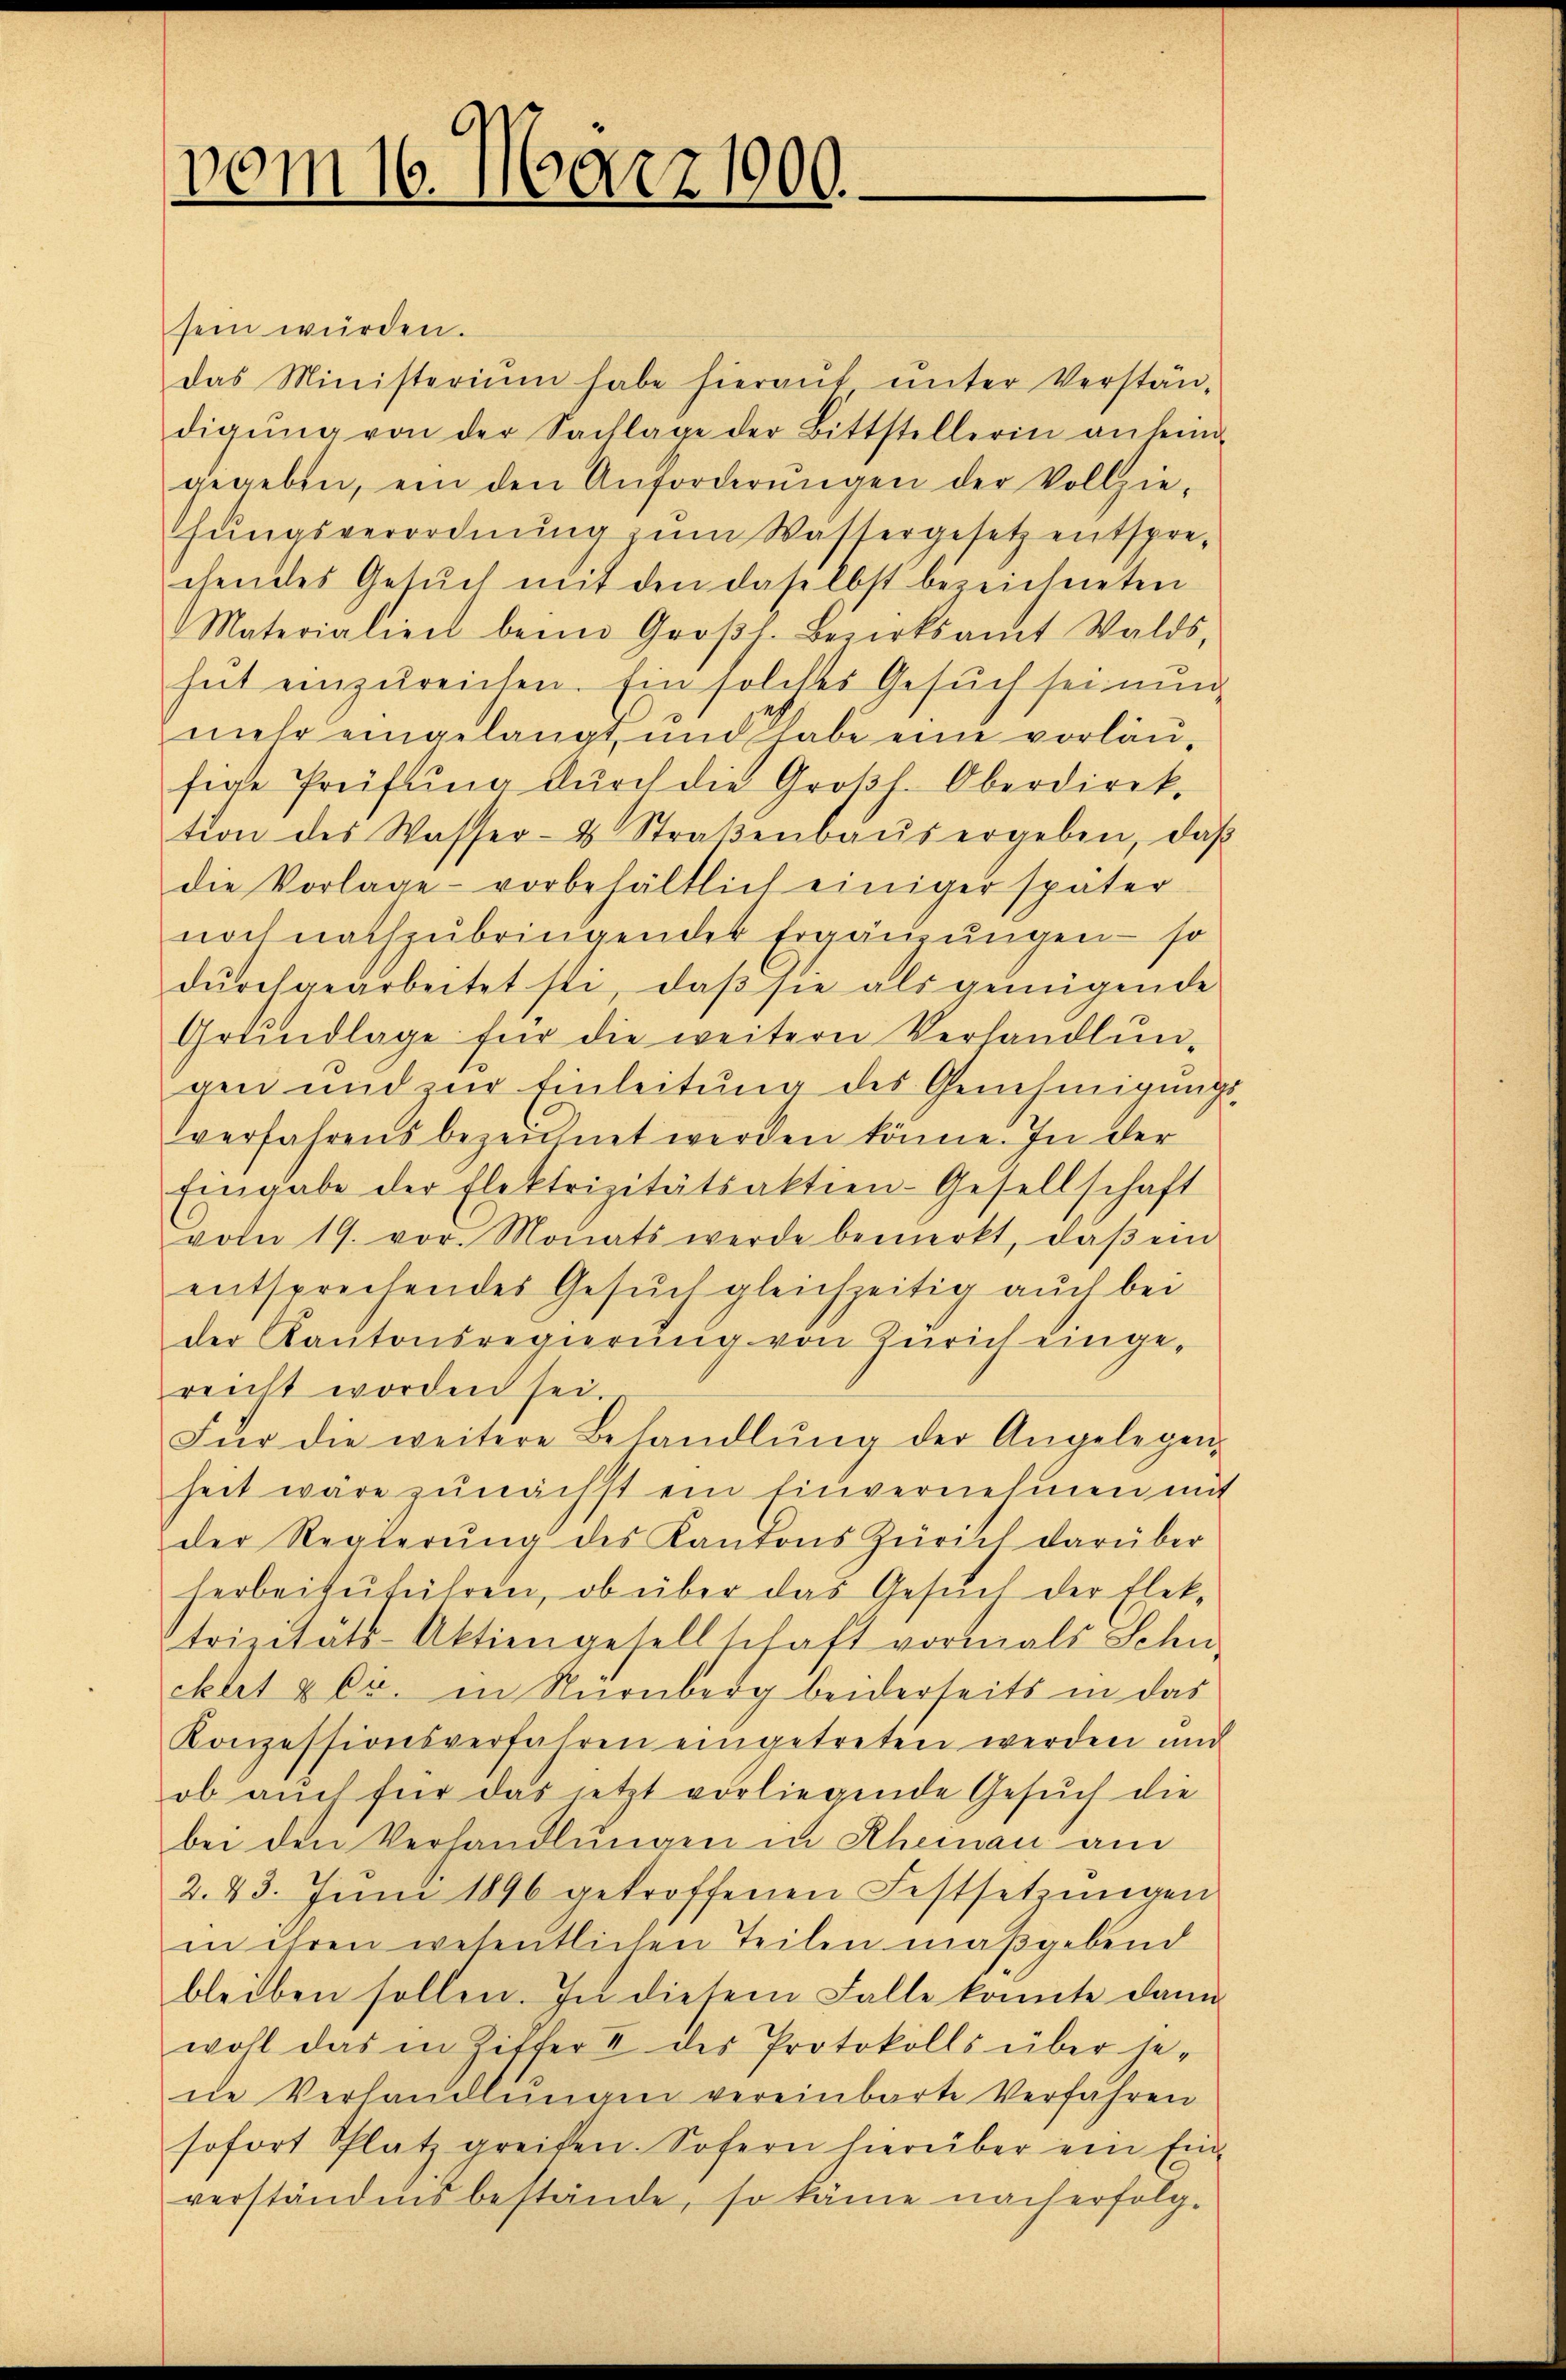
vom 16. März 1900.

sein würden.
das Ministerium habe hieraŭf ŭnter Verstän-
digŭng von der Sachlage der Bittstellerin anlein-
gegeben, ein den Anforderŭngen der Vollzie-
fungsverordnung zum Wassergesetz entsprechendes Gesŭch mit den daselbst bezeichneten
Materialien beim Groβj. Bezirksamt Walds-
hat einzureichen. Ein solches Gesuch sei nun
mehr eingelangt, und habe eine vorläufige Prüfung durch die Großh. Oberdirektion des Wasser- & Straβenbaŭs ergeben, daβ
die Vorlage vorbehältlich einiger später
noch nachzubringender Ergänzungen – so
dŭrchgearbeitet sti, daβ sie als genügende
Grundlage für die weitern Verhandlun-
gen und zŭr Einleitung des Genehmigungsverfahrens bezeichnet werden könne. In der
Eingabe der Elektrizitätsaktien-Gesellschaft
voln 19. vor. Monats werde bemerkt, daβ ein
entsprechendes Gesuch gleichzeitig auch bei
der Kantonsregierŭng von Zürich einge-
reicht worden sei.
Für die weitere Behandlŭng der Angelegen
heit wäre zŭnächst ein Einvernehmen mit
der Regierŭng des Kantons Zürich darüber
herbeizuführen, ob über das Gesuch der Elek-
Strizitäts-Aktiengesellschaft vormals Schu
ckeit & Er. in Nürnberg beiderseits in das
Konzessionsverfahren eingetreten werden und
ob auch für das jetzt vorliegende Gesŭch die
bei den Verhandlungen in Rheinau am
2. 43. Jŭni 1896 getroffenen Festsetzŭngen
in ihren wesentlichen Teilen maßgebend
bleiben sollen. In diesem Falle konnte dann
wohl das in Ziffer II des Protokolls über je-
ne Verhandlŭngen vereinbarte Verfahren
sofort Platz greifen. Sofern hierüber ein Ein-
verständens bestände, so käme nach erfolg-